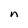
Character: n